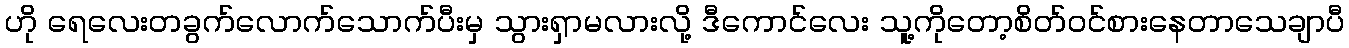
ဟို ရေလေးတခွက်လောက်သောက်ပီးမှ သွားရှာမလားလို့ ဒီကောင်လေး သူ့ကိုတော့စိတ်ဝင်စားနေတာသေချာပီ